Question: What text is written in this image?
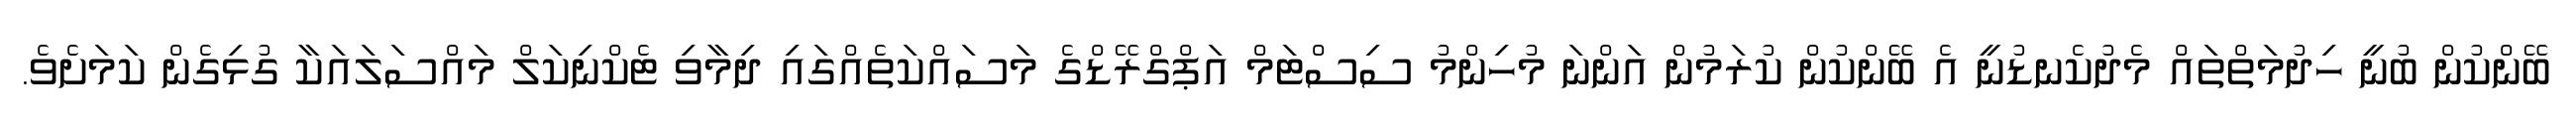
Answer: ބޭންކުން ބުނީ ހިދުމަތްތައް މެދުކެނޑުނީ އެ ބޭންކުން ކުރަމުން އަންނަ މުހިންމު ސިސްޓަމް އަޕްގްރޭޑްގެ މަސައްކަތެއްގައި ދިމާވި ޓެކްނިކަލް މައްސަލައަކާ ގުޅިގެން ކަމަށެވެ.